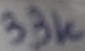
Text: 33K